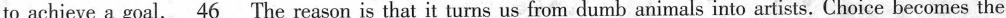
to achieve a goal. \underline{46} The reason is that it turns us from dumb animals into artists. Choice becomes the